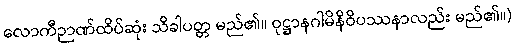
လောကီဉာဏ်ထိပ်ဆုံး သိခါပတ္တ မည်၏။ ဝုဋ္ဌာနဂါမိနိဝိပဿနာလည်း မည်၏။)